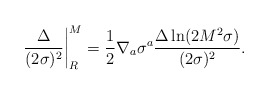
\begin{align*}\left.\frac{\Delta}{(2\sigma)^{2}}\right|_{R}^{M}=\frac{1}{2}\nabla_{a}\sigma^{a}\frac{\Delta\ln(2M^{2}\sigma)}{(2\sigma)^{2}}.\end{align*}